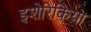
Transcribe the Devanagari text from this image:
इशेरिकिया